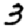
Digit: 3